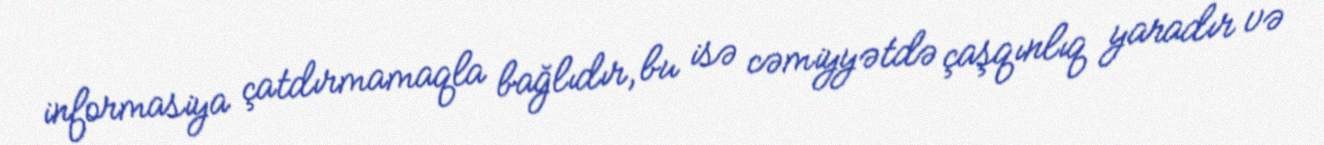
informasiya çatdırmamaqla bağlıdır, bu isə cəmiyyətdə çaşqınlıq yaradır və